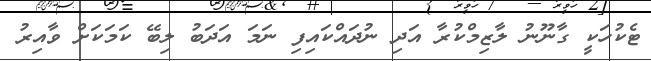
ޓެކުހަކީ ގާނޫނު ލާޒިމްކުރާ އަދި ނުދައްކައިފި ނަމަ އަދަބު ލިބޭ ކަމަކަށް ވާއިރު